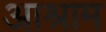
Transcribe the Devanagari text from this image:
आश्राम